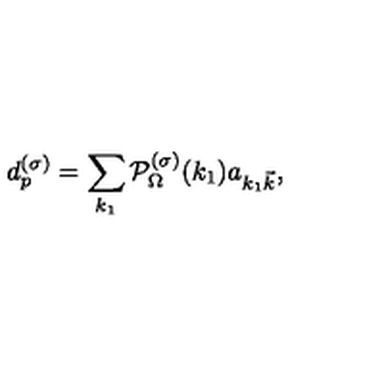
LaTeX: d _ { p } ^ { ( \sigma ) } = \sum _ { k _ { 1 } } { \cal P } _ { \Omega } ^ { ( \sigma ) } ( k _ { 1 } ) a _ { k _ { 1 } { \vec { k } } } ,